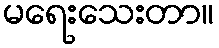
မရေးသေးတာ။